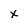
Character: X